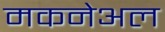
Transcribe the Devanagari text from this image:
मकनेअल